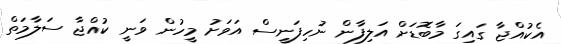
އެކުއްޖާ ގައިގަ މާބޮޑަށް އަލިފާން ނުހިފަނީސް އަވަށު މީހުން ވަނީ ކުއްޖާ ސަލާމަތް